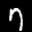
Label: 7